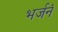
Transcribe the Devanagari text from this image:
भर्जनं